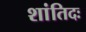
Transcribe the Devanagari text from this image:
शांतिदः